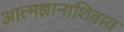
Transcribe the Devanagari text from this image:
आत्मज्ञानाशिवाय